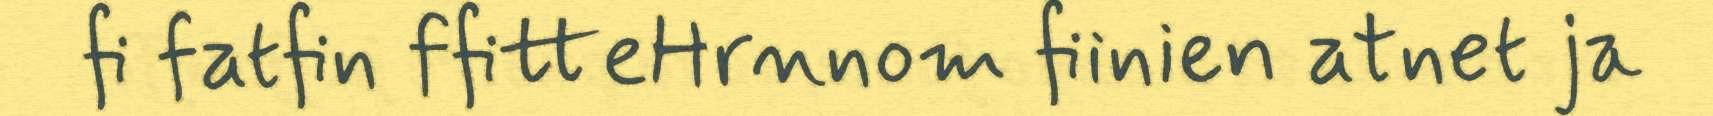
fi fatfin ffitteHrnnom fiinien atnet ja